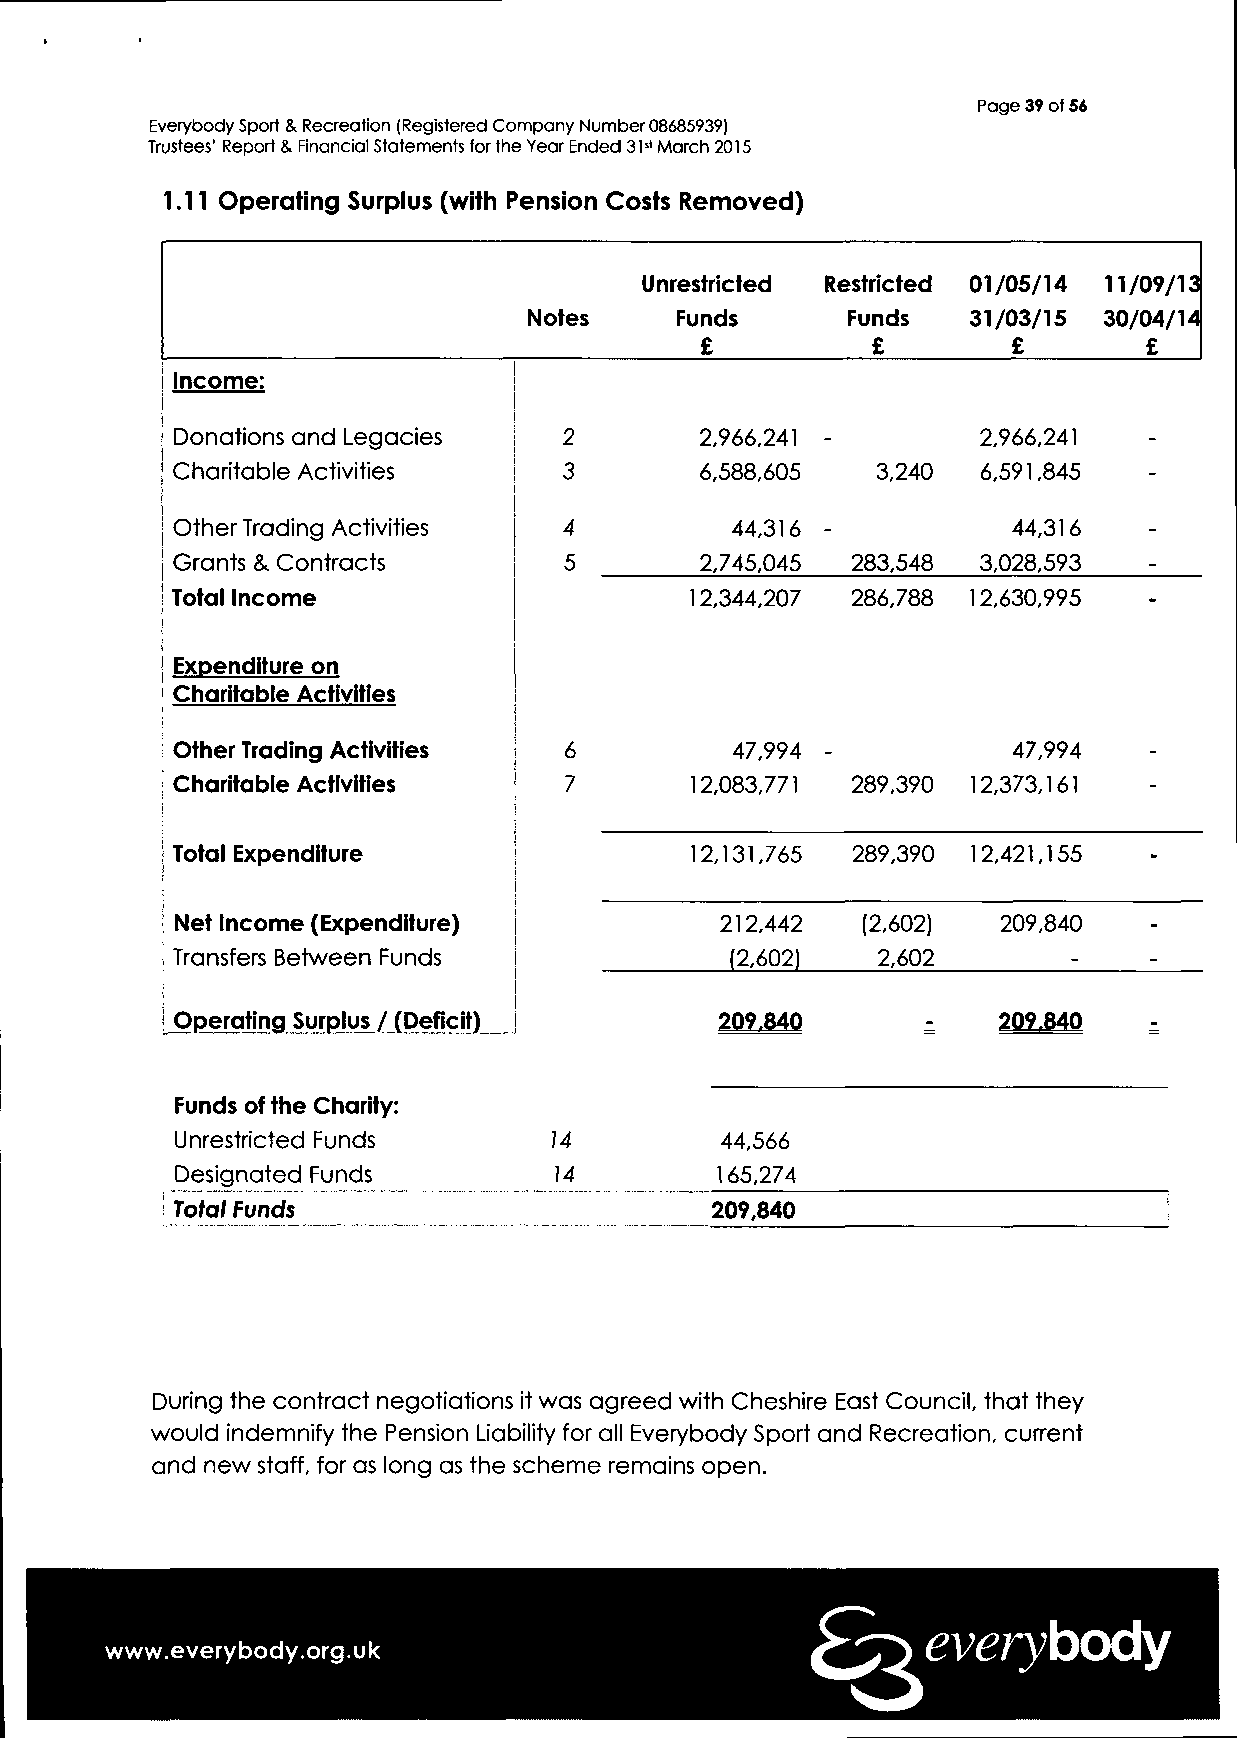
Page 3? of 56
 Everybody Sport & Recreation (Registered Company Number 08685939)
 Trustees' Report & Financial Statements for the Year Ended 31st March 2015
 1.11 Operating Surplus (with Pension Costs Removed)
 Unrestricted Restricted 01/05/14 11/09/13
 Notes     Funds      Funds   31/03/15 30/04/14
 £           £        £        £
 Income:
 Donations and Legacies    2        2,966,241          2,966,241
 Charitable Activities     3        6,588,605   3,240  6,591,845  -
 Other Trading Activities  4          44,316             44,316   -
 Grants & Contracts        5        2,745,045 283,548  3,028,593
 Total Income                       12,344,207 286,788 12,630,995 -
 Expenditure on
 Charitable Activities
 Other Trading Activities  6          47,994             47,994   -
 Charitable Activities     7        12,083,771 289,390 12,373,161
 Total Expenditure                  12,131,765 289,390 12,421,155 -
 Net Income (Expenditure)            212,442  (2,602)  209,840   -
 . Transfers Between Funds            (2,602)   2,602
 ! Operating Surplus / (Deficit)      209.840           209.840
 Funds of the Charity:
 Unrestricted Funds       14         44,566
 Designated Funds         14         165,274
 TotalFunds                          209,840
 During the contract negotiations it was agreed with Cheshire East Council, that they
 would indemnify the Pension Liability for all Everybody Sport and Recreation, current
 and new staff, for as long as the scheme remains open.
 everybody
 www.everybody.org.uk